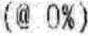
(@ 0%)